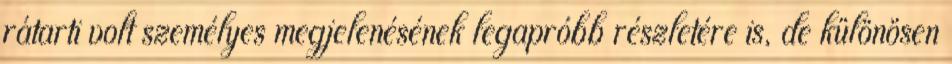
rátarti volt személyes megjelenésének legapróbb részletére is, de különösen